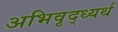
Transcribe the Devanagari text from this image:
अभिवृद्ध्यर्थ